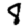
Digit: 8